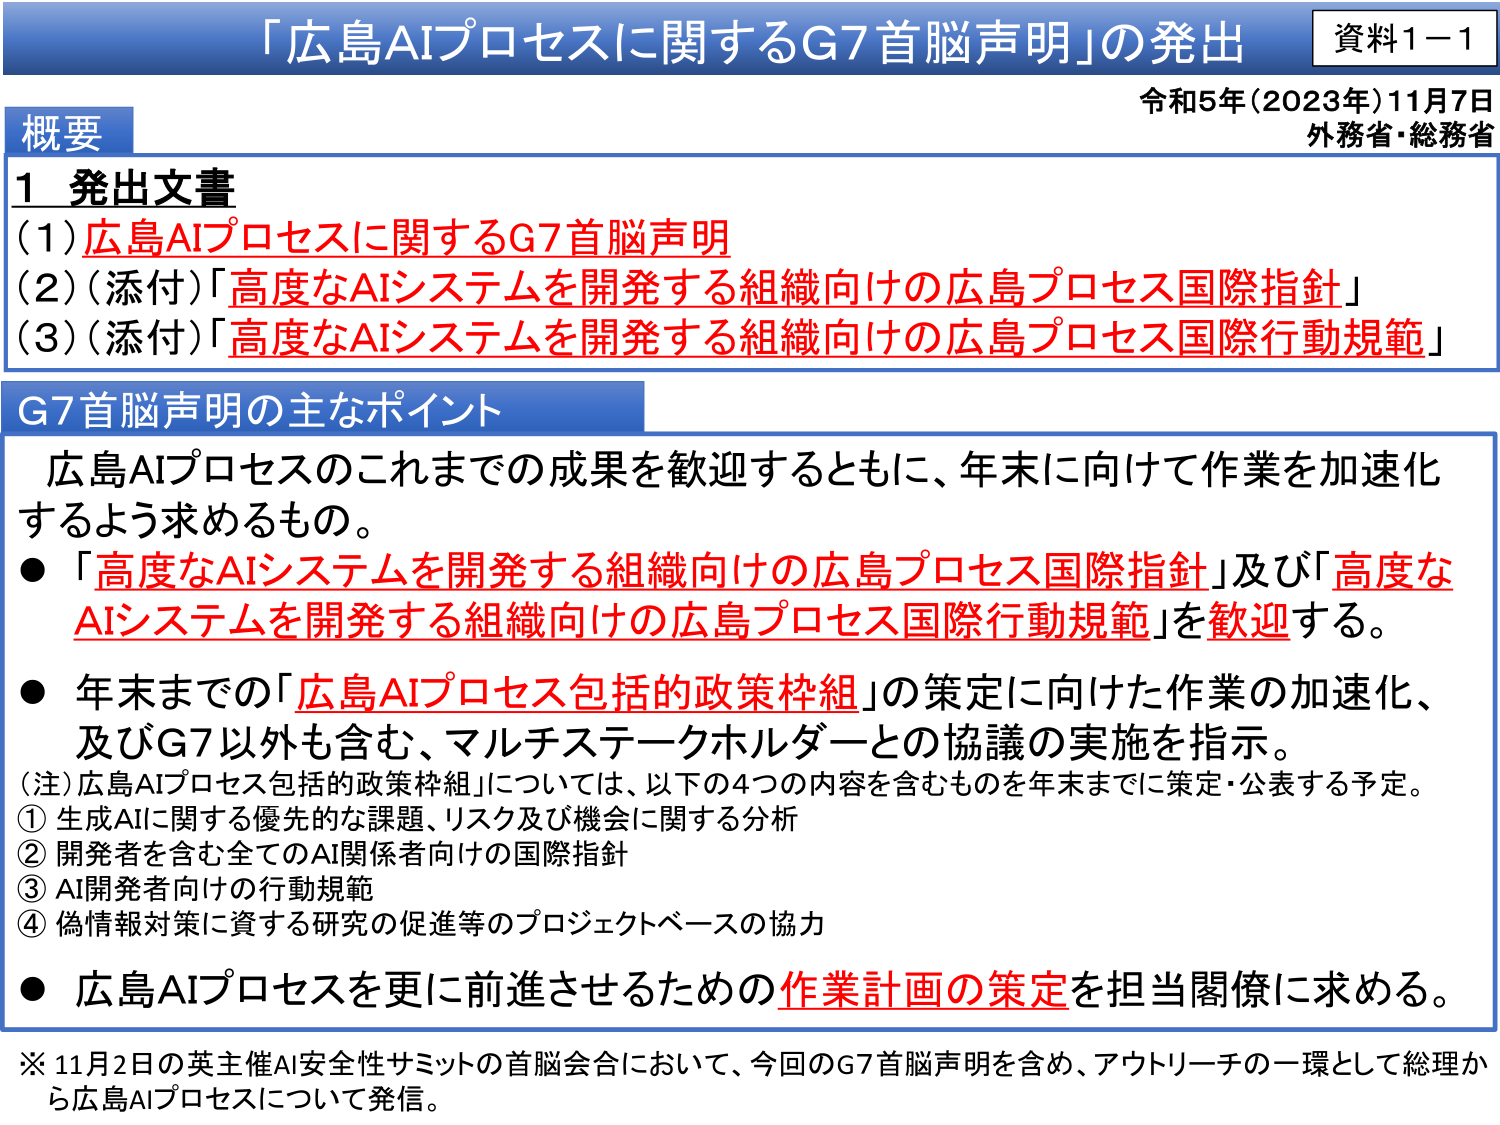
「広島AIプロセスに関するG7首脳声明」の発出
資料1－1

令和5年（2023年）11月7日
外務省・総務省

概要

1 発出文書
（1）広島AIプロセスに関するG7首脳声明
（2）（添付）「高度なAIシステムを開発する組織向けの広島プロセス国際指針」
（3）（添付）「高度なAIシステムを開発する組織向けの広島プロセス国際行動規範」

G7首脳声明の主なポイント

広島AIプロセスのこれまでの成果を歓迎するとともに、年末に向けて作業を加速するよう求めるもの。
●「高度なAIシステムを開発する組織向けの広島プロセス国際指針」及び「高度なAIシステムを開発する組織向けの広島プロセス国際行動規範」を歓迎する。
●年末までの「広島AIプロセス包括的政策枠組」の策定に向けた作業の加速化、及びG7以外も含む、マルチステークホルダーとの協議の実施を指示。
（注）広島AIプロセス包括的政策枠組については、以下の4つの内容を含むものを年末までに策定・公表する予定。
① 生成AIに関する優先的な課題、リスク及び機会に関する分析
② 開発者を含む全てのAI関係者向けの国際指針
③ AI開発者向けの行動規範
④ 偽情報対策に資する研究の促進等のプロジェクトベースの協力
● 広島AIプロセスを更に前進させるための作業計画の策定を担当閣僚に求める。

※ 11月2日の英主催AI安全性サミットの首脳会合において、今回のG7首脳声明を含め、アウトリーチの一環として総理から広島AIプロセスについて発信。